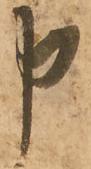
申